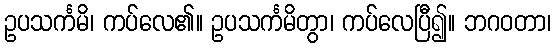
ဥပသင်္ကမိ၊ ကပ်လေ၏။ ဥပသင်္ကမိတွာ၊ ကပ်လေပြီ၍။ ဘဂဝတာ၊